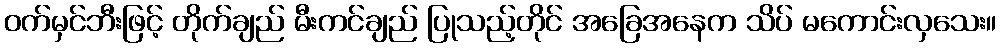
ဝက်မှင်ဘီးဖြင့် တိုက်ချည် မီးကင်ချည် ပြုသည့်တိုင် အခြေအနေက သိပ် မကောင်းလှသေး။